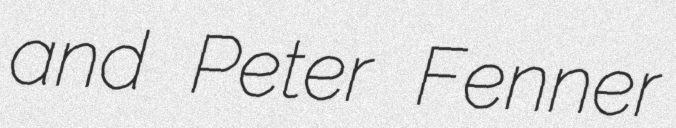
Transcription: and Peter Fenner